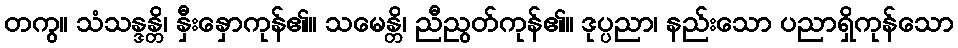
တကွ။ သံသန္ဒန္တိ၊ နှီးနှောကုန်၏။ သမေန္တိ၊ ညီညွတ်ကုန်၏။ ဒုပ္ပညာ၊ နည်းသော ပညာရှိကုန်သော